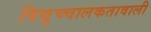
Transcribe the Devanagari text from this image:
विद्युच्चालकतावाली